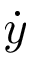
\dot { y }